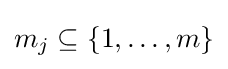
m_{j}\subseteq \{1,\dots ,m\}